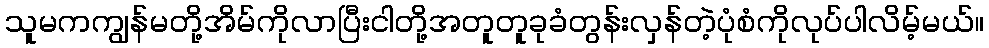
သူမကကျွန်မတို့အိမ်ကိုလာပြီးငါတို့အတူတူခုခံတွန်းလှန်တဲ့ပုံစံကိုလုပ်ပါလိမ့်မယ်။